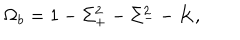
LaTeX: \Omega _ { b } = 1 - \Sigma _ { + } ^ { 2 } - \Sigma _ { - } ^ { 2 } - K ,